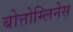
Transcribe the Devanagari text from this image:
बोत्तोम्लिनेस